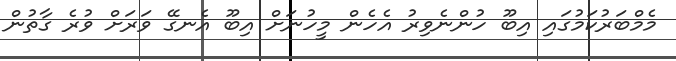
މެމްބަރުކަމުގައި އިބޫ ހުންނެވިރު އެހެން މީހުނަށް އިބޫ އެނގޭ ވަރަށް ވުރެ ގާތުން